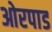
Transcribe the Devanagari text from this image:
ओरपाड